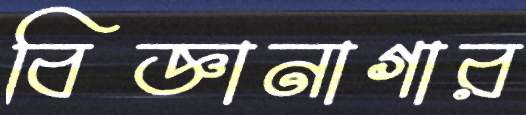
বিজ্ঞানাগার